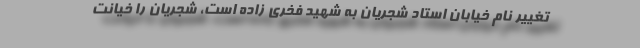
تغییر نام خیابان استاد شجریان به شهید فخری زاده است، شجریان را خیانت